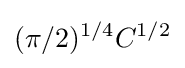
(\pi /2)^{1/4}C^{1/2}